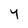
Character: Y